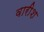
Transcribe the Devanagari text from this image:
वारीश